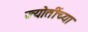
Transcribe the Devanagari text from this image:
ज्योतींच्या